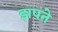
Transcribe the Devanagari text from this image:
झपते